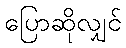
ပြောဆိုလျှင်